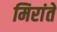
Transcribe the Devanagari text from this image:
मिरांते